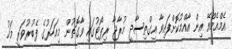
އެމްއެމްއޭ އިން އާއްމުކޮށްފައިވާ އިގްތިސާދީ މުރާޖާ ރިޕޯޓުގައި ވާގޮތުން މިއަހަރުގެ ފެބުރުވަރީ މަހު